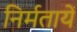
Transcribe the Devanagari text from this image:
निर्मतायें